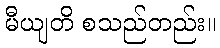
မီယျတိ စသည်တည်း။